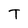
Character: T